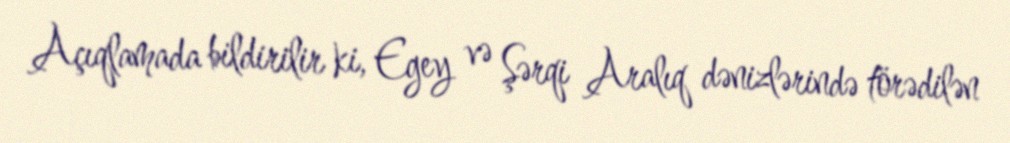
Açıqlamada bildirilir ki, Egey və Şərqi Aralıq dənizlərində törədilən